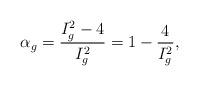
LaTeX: \begin{align*}\alpha_g = \frac{I_g^2 - 4}{I_g^2} = 1 - \frac{4}{I_g^2},\end{align*}